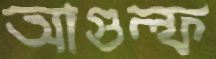
আগুল্ফ